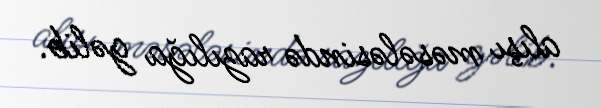
alışı məsələsində razılığa gəlib.